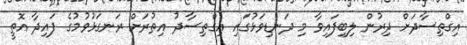
އިގްތިސާދަށް ދިރުން ލިބިފައިވާ މި ދަނޑިވަޅުގައި އިގްތިސާދު އިތުރަށް ރަނގަޅުވުމުގެ ފައިދާ އޮތީ